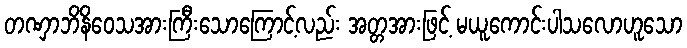
တဏှာဘိနိဝေသအားကြီးသောကြောင့်လည်း အတ္တအားဖြင့် မယူကောင်းပါသလောဟူသော